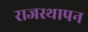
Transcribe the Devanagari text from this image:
राजस्थापन